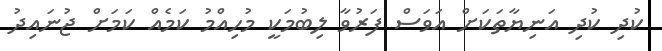
ކުދި ކުދި އަނިޔާތަކަށް އަވަސް ފަރުވާ ލިބުމަކީ މުހިއްމު ކަމެއް ކަމަށް ޖުނައިދު